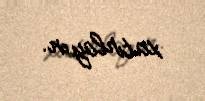
xatırlayın.